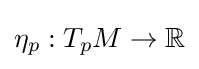
\eta _{p}:T_{p}M\to \mathbb {R}